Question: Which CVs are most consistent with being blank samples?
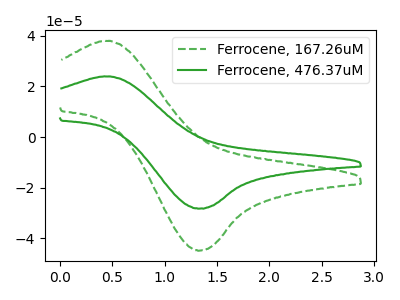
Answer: <think>The green dashed curve "Ferrocene, 167.26uM" has an anodic peak at (0.50V, 37.85uA) and a cathodic peak at (1.35V, -44.75uA). The green curve "Ferrocene, 476.37uM" has an anodic peak at (0.50V, 23.85uA) and a cathodic peak at (1.35V, -28.20uA).</think>
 <answer>There are not any CV's on this graph that are likely to be blanks.</answer>
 <eval>none</eval>